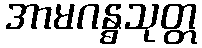
အာမဂန္ဓသုတ္တ